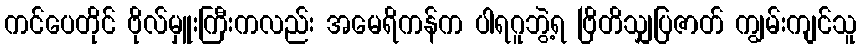
ကင်ပေတိုင် ဗိုလ်မှူးကြီးကလည်း အမေရိကန်က ပါရဂူဘွဲ့ရ ဗြိတိသျှပြဇာတ် ကျွမ်းကျင်သူ